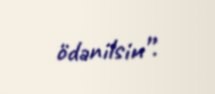
ödənilsin”.